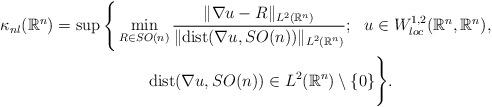
LaTeX: \begin{align*} \kappa_{nl}(\mathbb{R}^n) = \sup\Bigg\{&\min_{R\in SO(n)} \frac{\|\nabla u - R\|_{L^2(\mathbb{R}^n)}}{\|\mbox{dist}(\nabla u, SO(n))\|_{L^2(\mathbb{R}^n)}};~~ u\in W^{1,2}_{loc}(\mathbb{R}^n, \mathbb{R}^n), \\ & \qquad\mathrm{dist}(\nabla u, SO(n))\in L^2(\mathbb{R}^n) \setminus \{0\} \Bigg\}.\end{align*}